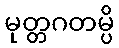
မုတ္တဂတမ္ပိ